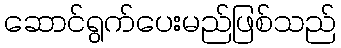
ဆောင်ရွက်ပေးမည်ဖြစ်သည်